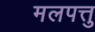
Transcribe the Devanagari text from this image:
मलपत्तु